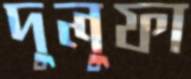
দুলুফা